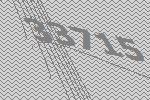
33715